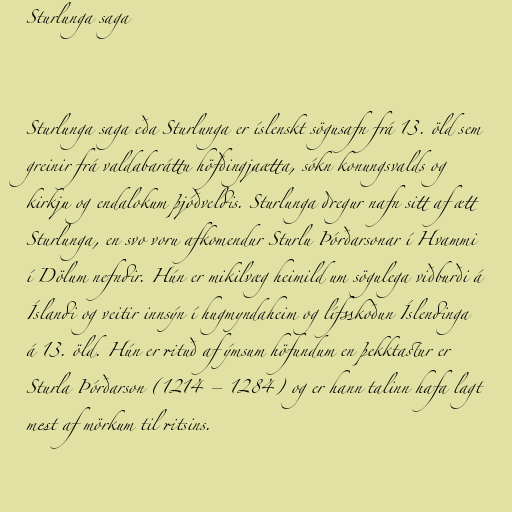
Sturlunga saga

Sturlunga saga eða Sturlunga er íslenskt sögusafn frá 13. öld sem
greinir frá valdabaráttu höfðingjaætta, sókn konungsvalds og
kirkju og endalokum þjóðveldis. Sturlunga dregur nafn sitt af ætt
Sturlunga, en svo voru afkomendur Sturlu Þórðarsonar í Hvammi
í Dölum nefndir. Hún er mikilvæg heimild um sögulega viðburði á
Íslandi og veitir innsýn í hugmyndaheim og lífsskoðun Íslendinga
á 13. öld. Hún er rituð af ýmsum höfundum en þekktastur er
Sturla Þórðarson (1214 – 1284) og er hann talinn hafa lagt
mest af mörkum til ritsins.